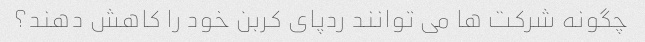
چگونه شرکت ها می توانند ردپای کربن خود را کاهش دهند؟